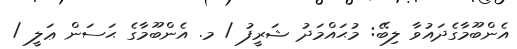
އެންބޫމާގެދައުވާ ލިބޭ: މުޙައްމަދު ޝަރީފު / މ. އެންބޫމާގެ ޙަސަން ޢަލީ /